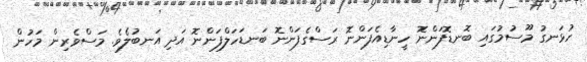
ހުޅަނގު މޫސުމުގައި ބޮނޑޮފަންނޮ ހީނާޑިއެފަންނޮ ރަސްގެފަންނޮ ބަނޑަހަލްފަންނޮ އަދި އަނބުލެވެ. މަސްވެރިން މަހުން